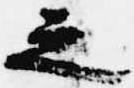
之